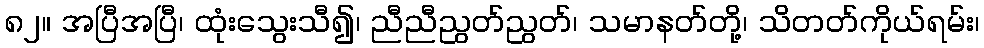
၈၂။ အပြီအပြီ၊ ထုံးသွေးသီ၍၊ ညီညီညွတ်ညွတ်၊ သမာနတ်တို့၊ သိတတ်ကိုယ်ရမ်း၊